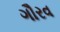
ગૌરવ